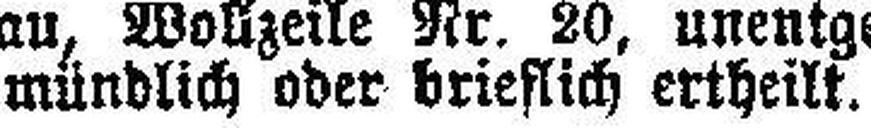
mündlich oder brieflich ertheilt.